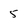
Character: 5